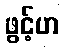
ဖွင့်ဟ